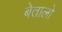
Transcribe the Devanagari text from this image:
बेतालो